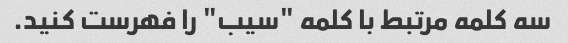
سه کلمه مرتبط با کلمه "سیب" را فهرست کنید.